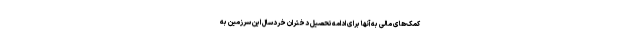
کمک‌های مالی به آنها برای ادامه‌تحصیل دختران خردسال این سرزمین به